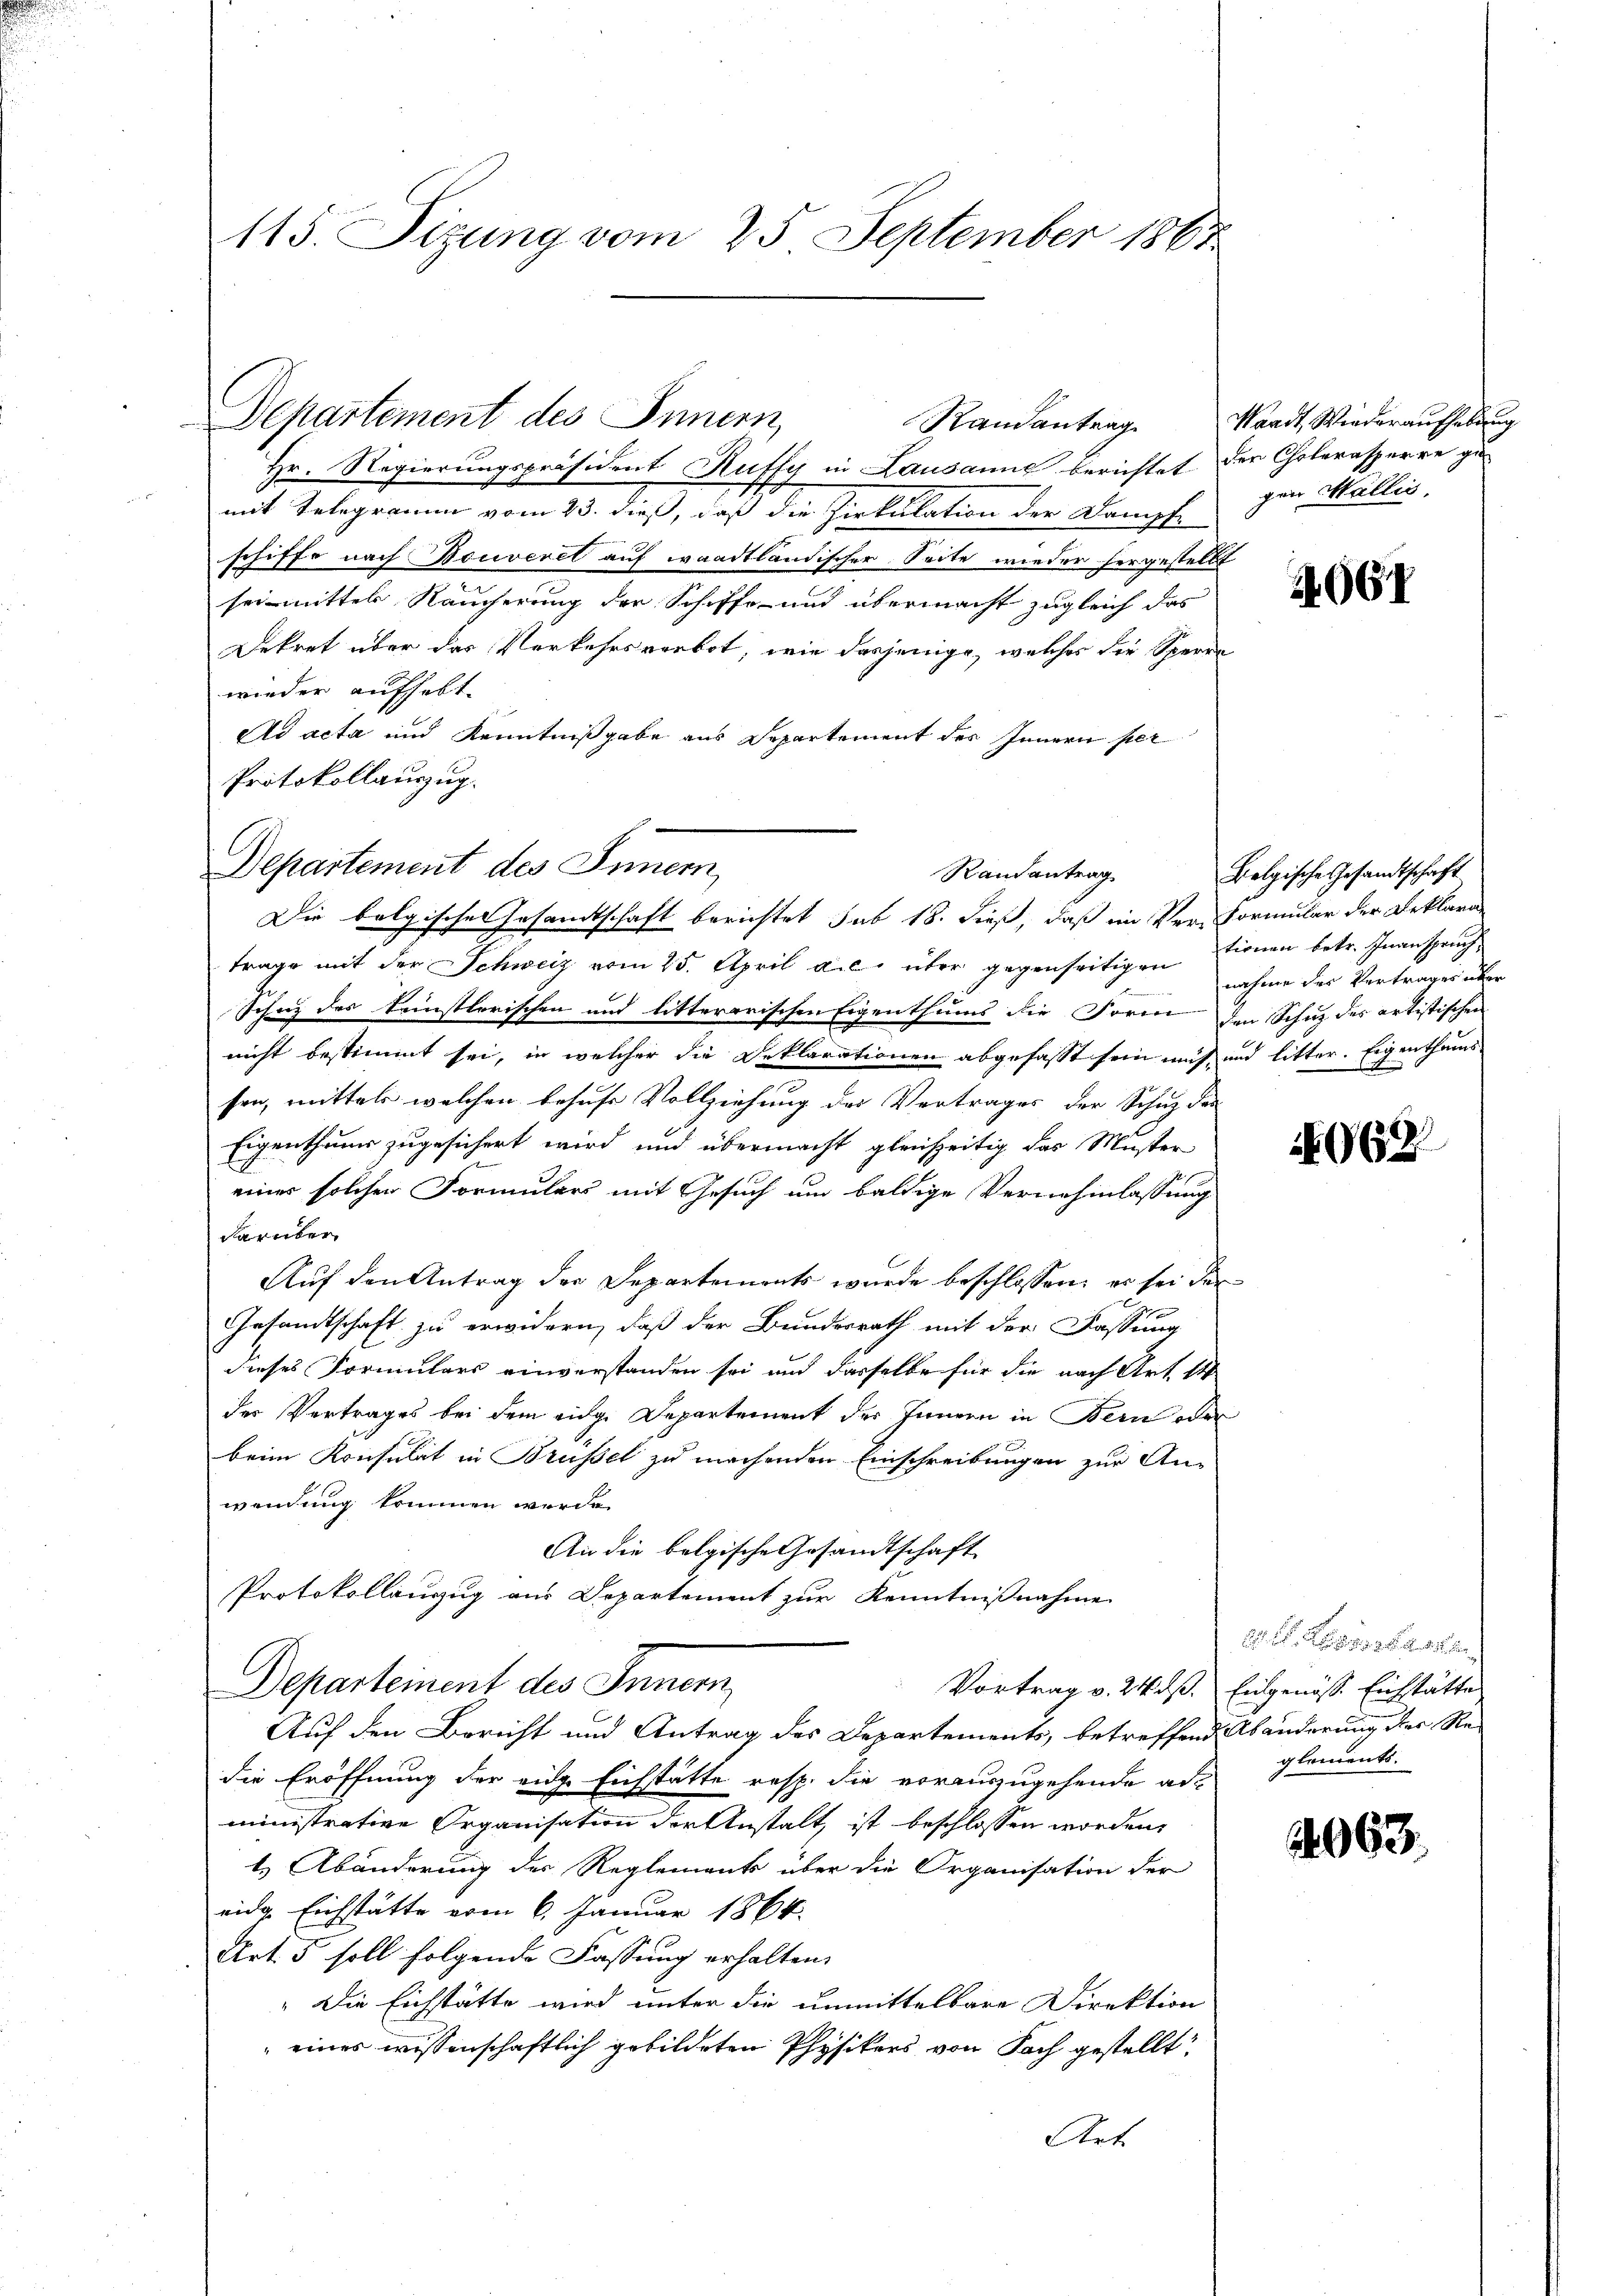
115. Sizung vom 25. September 1867

Hr. Regierungspräsident Ruffy in Lausanne berichtet der Cholerasperre gu
mit Telegramm vom 23. dieß, daß die Zirkulation der Dampf.
schiffe nach Bouveret auf waadtländischer Seite wieder hergestellt
seimittel Raucherung der Schiffe und übermacht zugleich das
Dekret über das Verkehrsverbot, wie dasjenige, welches der Sperre
wieder aufhebt.
Ad acta und Kenntnißgabe aus Departement des Innern per
Protokollauszug.
Departement des Innern,
Die belgischen Gesandtschaft berichtet sub 18. dieß, daß im Ver-Formular der Beklara
trage mit der Schweiz vom 25. April a.c. über gegenseitigen Einen betr. Inanspruch
Schaz des künstlerischen und litterarischen Eigenthums die Form den Schuz des artistischen
nicht bestimmt sei, in welcher die Deklarationen abgefasst sein muß und litter. Eigenthums
sen, mittels welchen besuche Vollziehung des Vertrages der Schuz der
Eigenthums zugesichert wird und übermacht gleichzeitig das Muster
einer solchen Formulars mit Gesuch um baldige Vernehmlassung
darüber
Auf den Antrag der Departements wurde beschlossen, es sei der
i
Gesandtschaft zu erwidern, daß der Bundesrath mit der Fassung
dieses Formulars einverstanden sei und dasselbe für die nach Art. 14
der Vertrages bei dem eige Departement des Innern in Bern oder
beim Konsulat in Brüssel zu machenden Einschreibungen zur An-
wendung kommen werde.
An die belgische Gesandtschaft
Protokollanzug aus Departement zur Kenntnißnahme
Departement des Innern
Vortrag v. 24 dß. Eidgenöss. Einstättes
Auf den Bericht und Antrag des Departements, betreffend Abänderung des Re-
die Eröffnung der eige Eichstätte resp. die vorauszugehende administrative Organisation der Anstalt, ist beschlossen worden,
t. Abänderung der Reglements über die Organisation der
eidg. Eichstätte vom 6. Januar 1864.
Art. 5 soll folgende Fassung erhalten.
"Die Eichstätte wird unter die unmittelbare Direktion
 eines wissenschaftlich gebildeten Physikers von Fach gestellt
Art.

Departement des Innern,
Randantrag

Randantrag

Waadt, Wiederaufhebung
gen Wallis,

2064

Belgische Gesandtschaft
nahme des Vertrages über

962

A . . 25. 281
glements.

2063